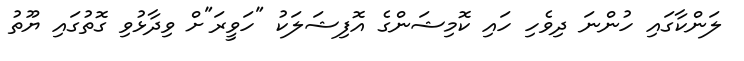
ލަންކާގައި ހުންނަ ދިވެހި ހައި ކޮމިޝަންގެ އޮފިޝަލަކު "ހަވީރަ"ށް ވިދާޅުވި ގޮތުގައި ޔޫތު